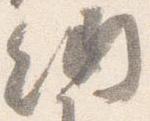
納